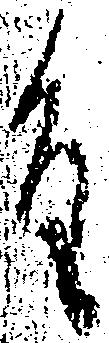
重